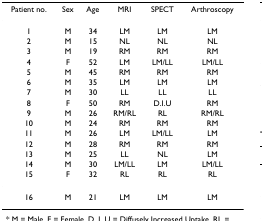
| Patient no. | Sex | Age | MRI | SPECT | Arthroscopy |
 | --- | --- | --- | --- | --- | --- |
 | 1 | M | 34 | LM | LM | LM |
 | 2 | M | 15 | NL | NL | NL |
 | 3 | M | 19 | RM | RM | RM |
 | 4 | F | 52 | LM | LM/LL | LM/LL |
 | 5 | M | 45 | RM | RM | RM |
 | 6 | M | 35 | LM | LM | LM |
 | 7 | M | 30 | LL | LL | LL |
 | 8 | F | 50 | RM | D.I.U | RM |
 | 9 | M | 26 | RM/RL | RL | RM/RL |
 | 10 | M | 24 | RM | RM | RM |
 | 11 | M | 26 | LM | LM/LL | LM |
 | 12 | M | 28 | RM | RM | RM |
 | 13 | M | 25 | LL | NL | LM |
 | 14 | M | 30 | LM/LL | LM | LM/LL |
 | 15 | F | 32 | RL | RL | RL |
 | 16 | M | 21 | LM | LM | LM |